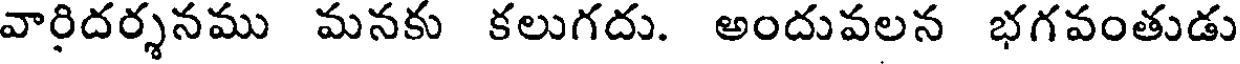
వారిదర్శనము మనకు కలుగదు. అందువలన భగవంతుడు